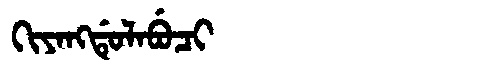
Manchu: ᡴᡳᠶᠠᠩᡩᡠᠯᠠᠪᡠᠴᡳ
Romanization: KIYANGDULABUCI